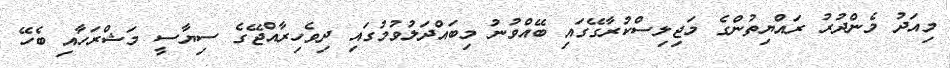
މިއަދު މެންދުރު ރައްޔިތުންގެ މަޖިލިސްކުރާގޭގައި ބޭއްވުނު މިބައްދަލުވުމުގައި ދިވެހިރާއްޖޭގެ ސިޔާސީ މަޝްރަހާއި ބެހޭ